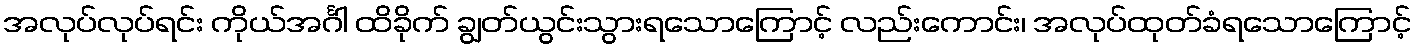
အလုပ်လုပ်ရင်း ကိုယ်အင်္ဂါ ထိခိုက် ချွတ်ယွင်းသွားရသောကြောင့် လည်းကောင်း၊ အလုပ်ထုတ်ခံရသောကြောင့်